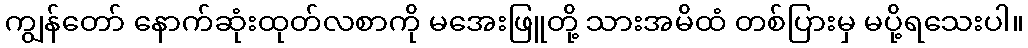
ကျွန်တော် နောက်ဆုံးထုတ်လစာကို မအေးဖြူတို့ သားအမိထံ တစ်ပြားမှ မပို့ရသေးပါ။